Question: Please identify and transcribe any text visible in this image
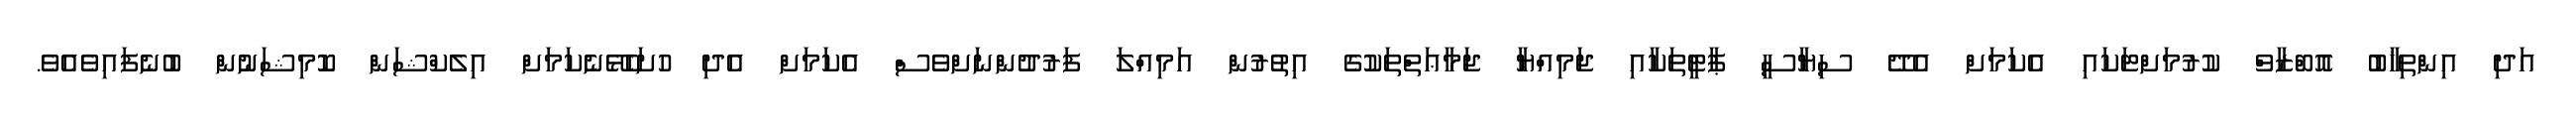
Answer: އަދި އިންތިޚާބު އޮބްޒާވް ކުރުމަށްޓަކައި އެކަމަށް އެދޭ ސިޔާސީ ޕާޓީތަކާއި ޖަމިއްޔާ ޖަމާޢަތްތަކުގެ އިތުރުން އަމިއްލަ ފަރުދުންނަށްވެސް އެކަމަށް އެދި ހުށަހެޅޭނެކަމަށް އިލެކްޝަން ކޮމިޝަނުން ބުނެފައިވެއެވެ.